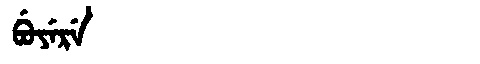
Manchu: ᠪᡠᠶᡝᡵᡝ
Romanization: BUYERE